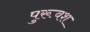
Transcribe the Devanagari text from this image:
पुरूवश